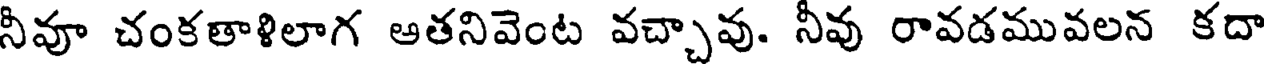
నీవూ చంకతాళిలాగ ఆతనివెంట వచ్చావు. నీవు రావడమువలన కదా